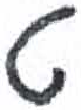
אות: ט